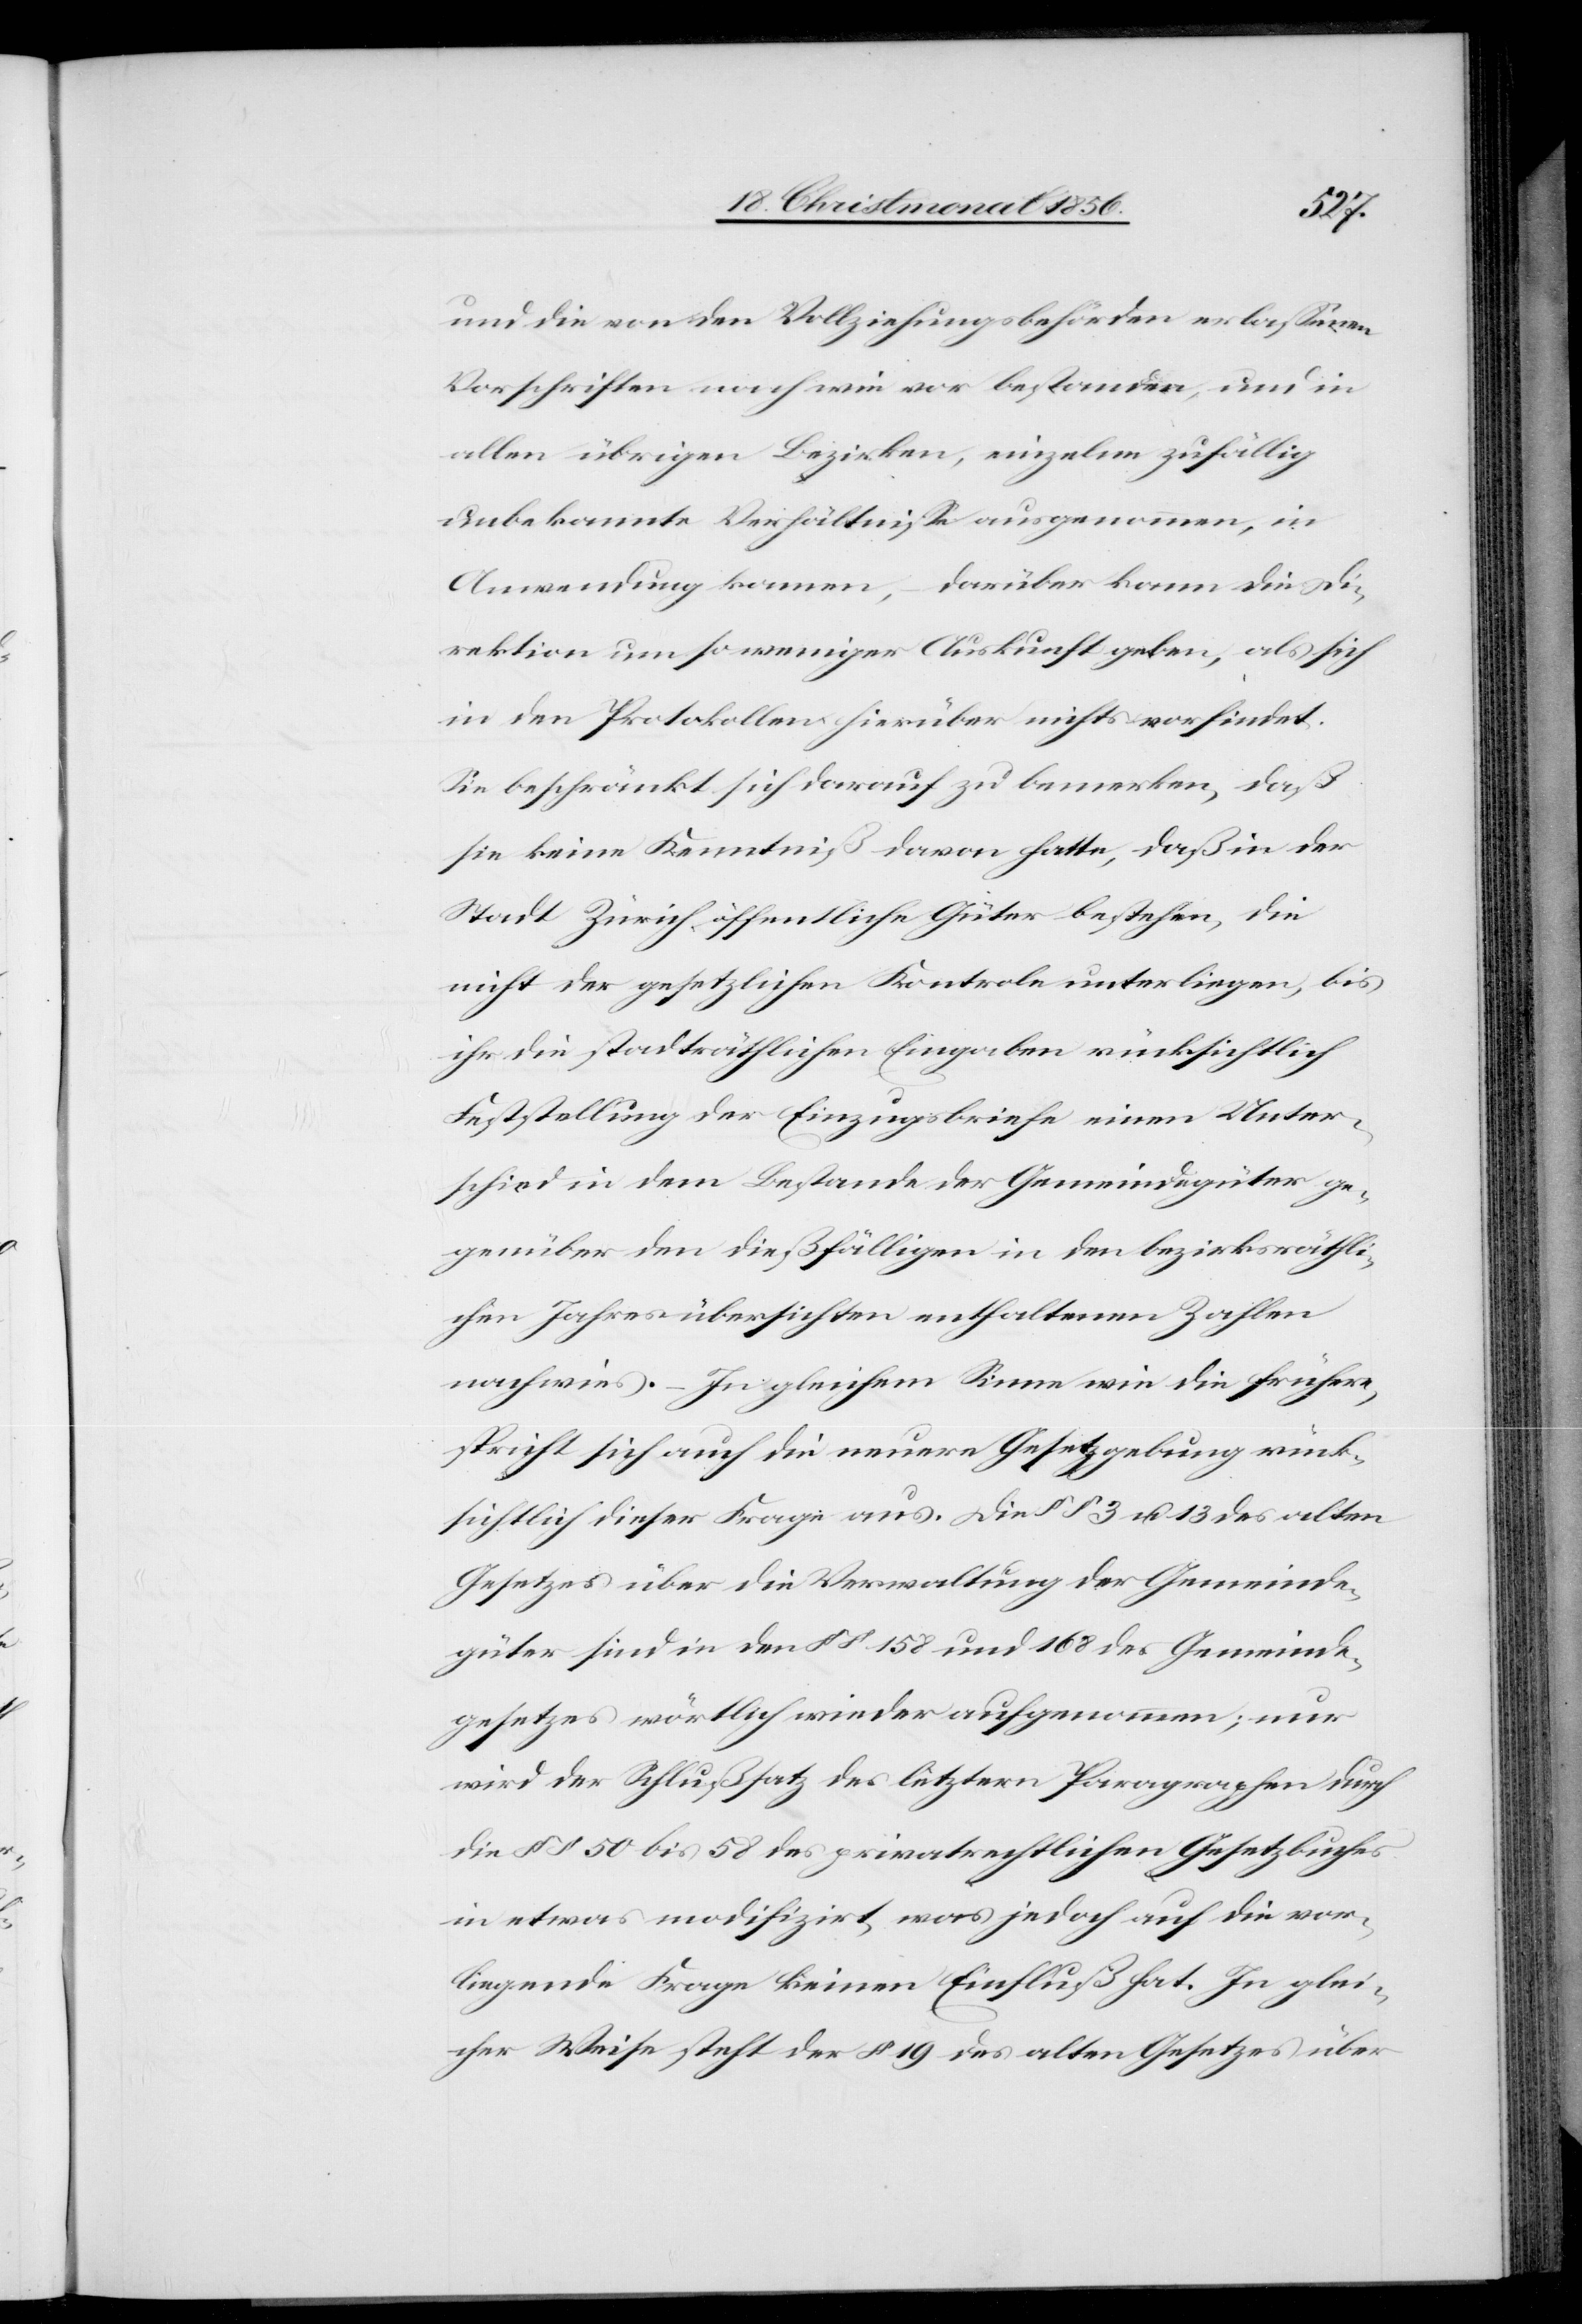
und die von den Vollziehungsbehörden erlassenen
Vorschriften nach wie vor bestanden, und in
allen übrigen Bezirken, einzelne zufällig
unbekannte Verhältnisse ausgenommen, in
Anwendung kamen, – darüber kann die Di¬
rektion um so weniger Auskunft geben, als sich
in den Protokollen hierüber nichts vorfindet.
Sie beschränkt sich darauf zu bemerken, daß
sie keine Kenntniß davon hatte, daß in der
Stadt Zürich öffentliche Güter bestehen, die
nicht der gesetzlichen Kontrole unterliegen, bis
ihr die stadträthlichen Eingaben rücksichtlich
Feststellung der Einzugsbriefe einen Unter¬
schied in dem Bestande der Gemeindegüter ge¬
genüber den dießfälligen in den bezirksräthli¬
chen Jahresübersichten enthaltenen Zahlen
nachwies. – In gleichem Sinne wie die frühere,
spricht sich auch die neuere Gesetzgebung rück¬
sichtlich dieser Frage aus. Die §§ 3 u. 13 des alten
Gesetzes über die Verwaltung der Gemeinde¬
güter sind in den §§ 158 und 168 des Gemeinde¬
gesetzes wörtlich wieder aufgenommen; nur
wird der Schlußsatz des letztern Paragraphen durch
die §§ 50 bis 58 des privatrechtlichen Gesetzbuches
in etwas modifizirt, was jedoch auf die vor¬
liegende Frage keinen Einfluß hat. In glei¬
cher Weise steht der § 19 des alten Gesetzes über